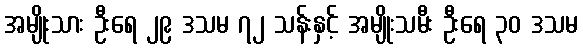
အမျိုးသား ဦးရေ ၂၉ ဒသမ ၇၂ သန်းနှင့် အမျိုးသမီး ဦးရေ ၃၀ ဒသမ